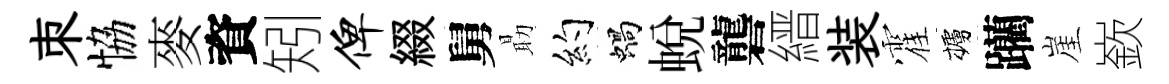
朿恊麥資矧俾綴舅朂约蝸蛻礱縉装霍櫨躪崖嶔